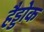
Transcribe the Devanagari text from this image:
हैड्डोक